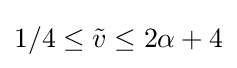
1/4\leq {\tilde {v}}\leq 2\alpha +4